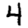
Digit: 4